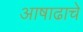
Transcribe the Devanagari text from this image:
आषाढाचे